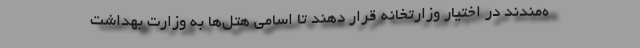
ه‌مندند در اختیار وزارتخانه قرار دهند تا اسامی هتل‌ها به وزارت بهداشت